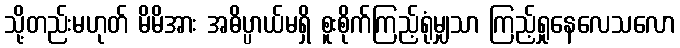
သို့တည်းမဟုတ် မိမိအား အဓိပ္ပာယ်မရှိ စူးစိုက်ကြည့်ရုံမျှသာ ကြည့်ရှုနေလေသလော